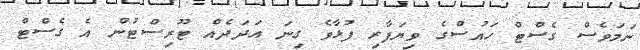
ނަމަވެސް ގެސްޓް ހައުސްގެ ވިޔަފާރި ފުޅާވެ ގިނަ އަދަދެއް ޓޫރިސްޓުން އެ ގެސްޓް